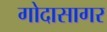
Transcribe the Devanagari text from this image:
गोदासागर